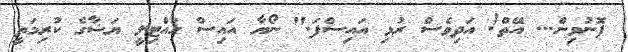
ފޮނުވިން... އޭތް! އަދިވެސް ރުޅި އައިސްފަ." ނޯޔާ އައިސް ހުއްޓިލީ ޔަޝާގެ ކުރިމަތީ